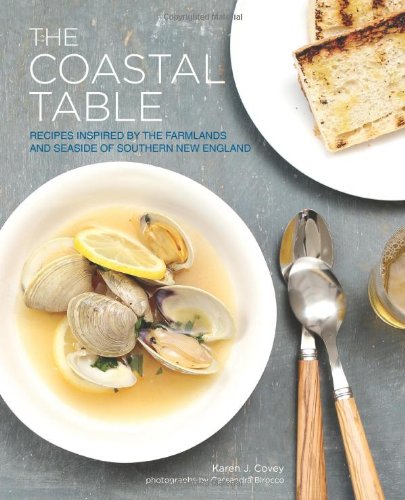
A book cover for The Coastal Table: Recipes Inspired by the Farmlands and Seaside of Southern New England; Karen Covey; Cookbooks, Food & Wine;